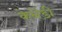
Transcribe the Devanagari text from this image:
केनेंडी